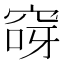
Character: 𮃽